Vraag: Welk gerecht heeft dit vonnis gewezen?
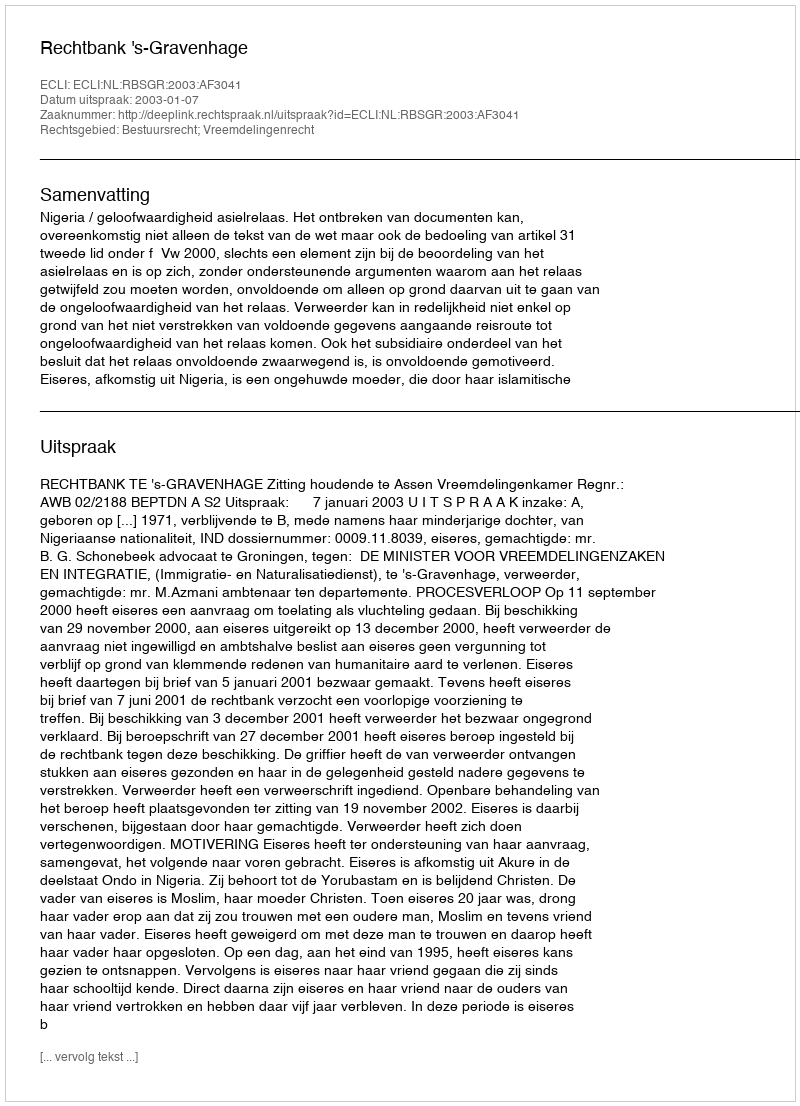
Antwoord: Rechtbank 's-Gravenhage